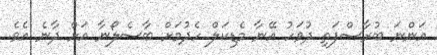
އަންނަ ބުރާސްފަތި ދުވަހު އޭނާ މެޑިކަލް ހެދުމަށް ބާސެލޯނާ އަށް ދާނެ އެވެ.